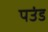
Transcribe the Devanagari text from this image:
पउंड